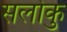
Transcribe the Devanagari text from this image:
सलोकु